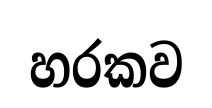
හරකව